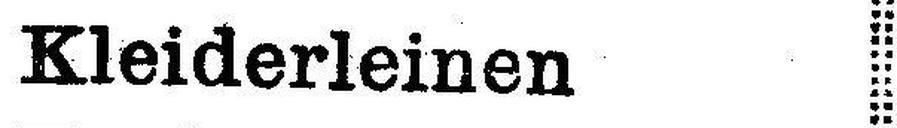
Kleiderleinen